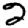
Digit: 2